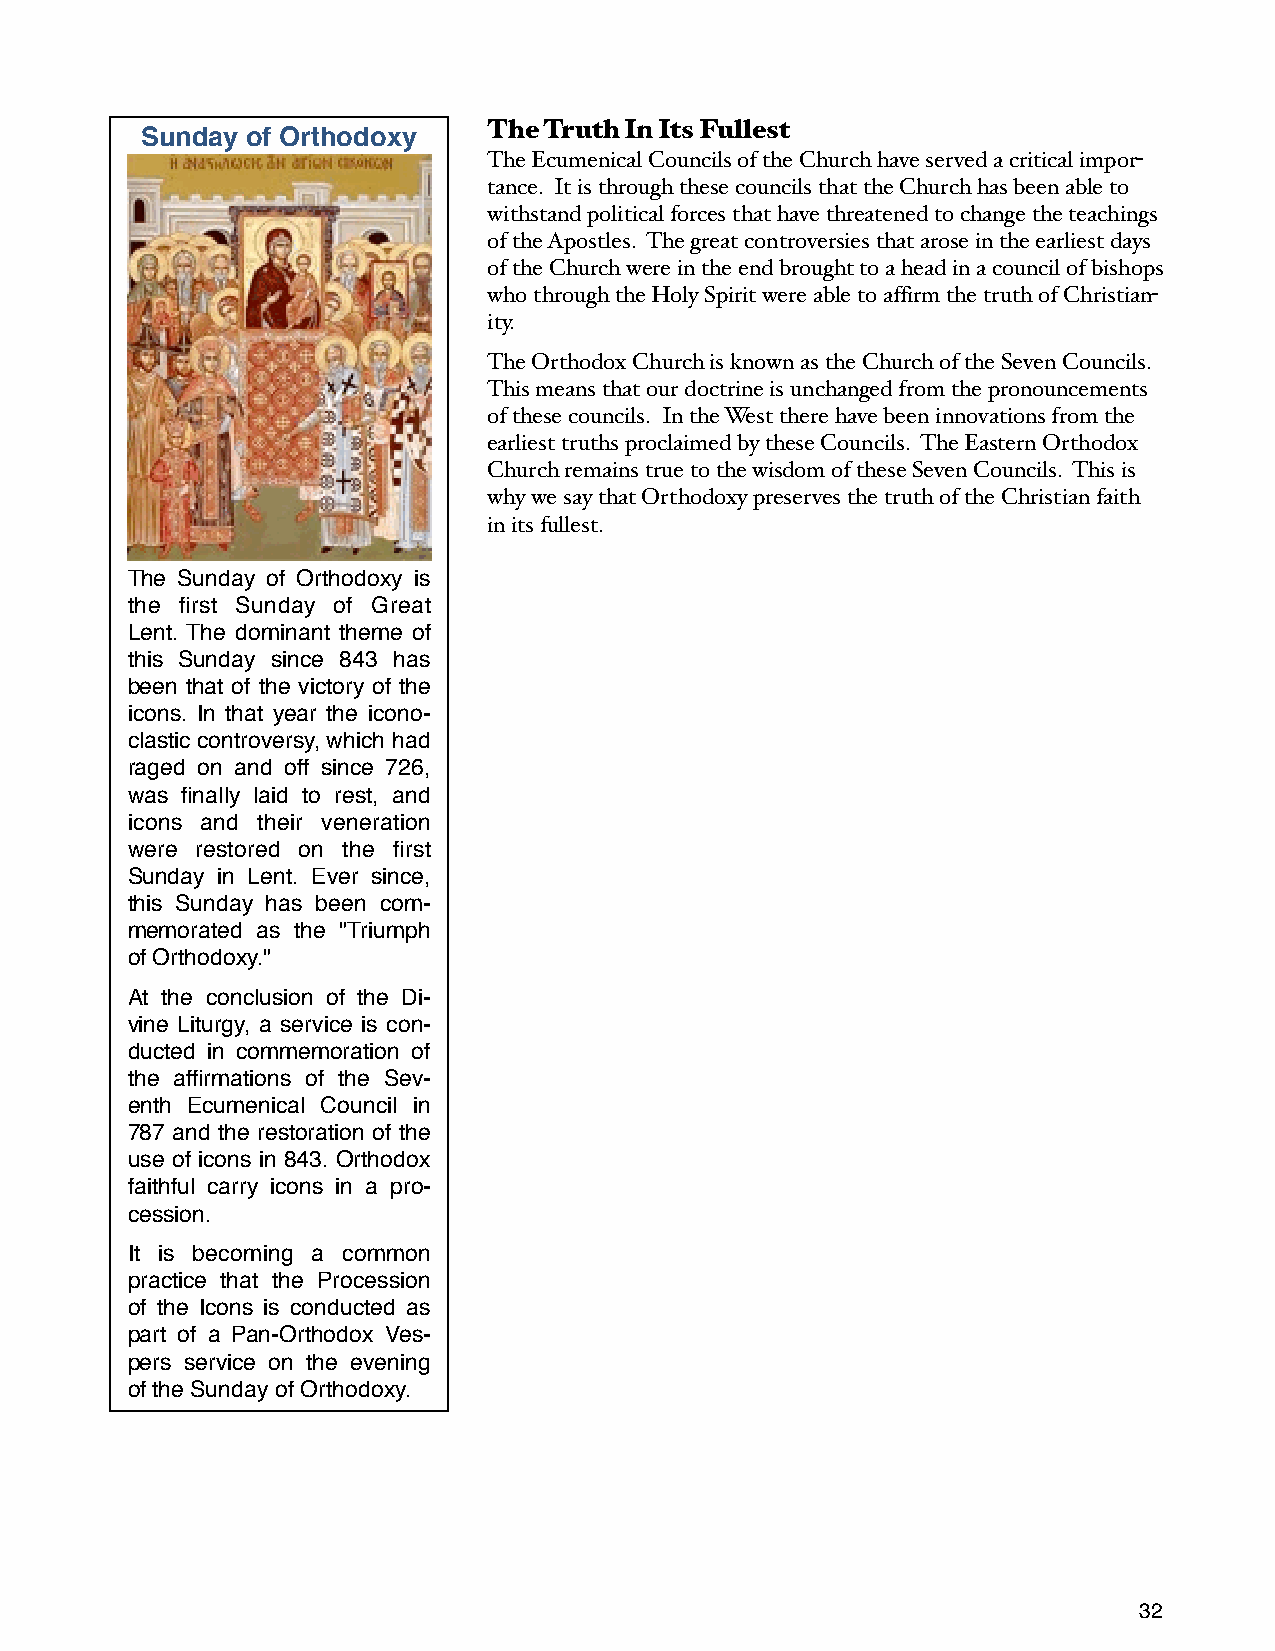
The Truth In Its Fullest
 Sunday of Orthodoxy
 The Ecumenical Councils of the Church have served a critical impor-
 tance. It is through these councils that the Church has been able to
 withstand political forces that have threatened to change the teachings
 of the Apostles. The great controversies that arose in the earliest days
 of the Church were in the end brought to a head in a council of bishops
 who through the Holy Spirit were able to affirm the truth of Christian-
 ity.
 The Orthodox Church is known as the Church of the Seven Councils.
 This means that our doctrine is unchanged from the pronouncements
 of these councils. In the West there have been innovations from the
 earliest truths proclaimed by these Councils. The Eastern Orthodox
 Church remains true to the wisdom of these Seven Councils. This is
 why we say that Orthodoxy preserves the truth of the Christian faith
 in its fullest.
 The Sunday of Orthodoxy is
 the first Sunday of Great
 Lent. The dominant theme of
 this Sunday since 843 has
 been that of the victory of the
 icons. In that year the icono-
 clastic controversy, which had
 raged on and off since 726,
 was finally laid to rest, and
 icons and their veneration
 were restored on the first
 Sunday in Lent. Ever since,
 this Sunday has been com-
 memorated as the "Triumph
 of Orthodoxy."
 At the conclusion of the Di-
 vine Liturgy, a service is con-
 ducted in commemoration of
 the affirmations of the Sev-
 enth Ecumenical Council in
 787 and the restoration of the
 use of icons in 843. Orthodox
 faithful carry icons in a pro-
 cession.
 It is becoming a common
 practice that the Procession
 of the Icons is conducted as
 part of a Pan-Orthodox Ves-
 pers service on the evening
 of the Sunday of Orthodoxy.
 32